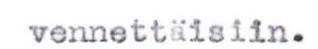
vennettäisiin.